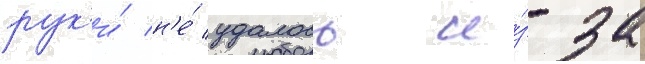
рук'и́ н'е́ удалось и́з-за